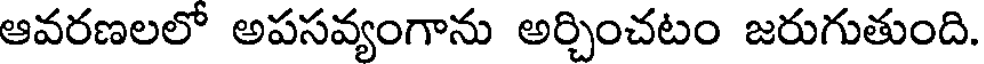
ఆవరణలలో అపసవ్యంగాను అర్చించటం జరుగుతుంది.